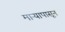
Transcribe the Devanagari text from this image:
माऱ्यापासून